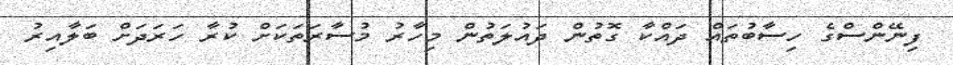
ފިނޭންސްގެ ހިސާބުތައް ދައްކާ ގޮތުން ދައުލަތުން މިހާރު މުސާރަތަކަށް ކުރާ ހަރަދަށް ބަލާއިރު